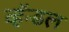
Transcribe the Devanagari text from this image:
व्हॅन्डल